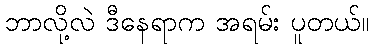
ဘာလို့လဲ ဒီနေရာက အရမ်း ပူတယ်။